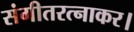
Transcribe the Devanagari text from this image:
संगीतरत्नाकर।